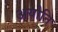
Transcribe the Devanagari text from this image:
अयोनि